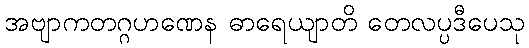
အဗျာကတဂ္ဂဟဏေန ဓာရေယျာတိ တေလပ္ပဒီပေသု